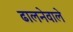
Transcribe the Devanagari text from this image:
ढालनेवाले